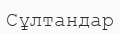
Сұлтандар